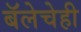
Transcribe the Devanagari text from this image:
बॅलेचेही